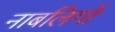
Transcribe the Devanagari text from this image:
नाबलिगों